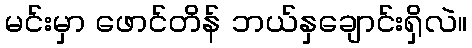
မင်းမှာ ဖောင်တိန် ဘယ်နှချောင်းရှိလဲ။